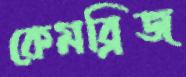
কেমব্রিজ